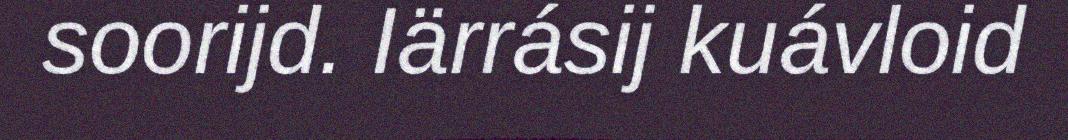
soorijd. Iärrásij kuávloid